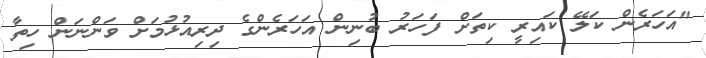
"އަހަރެން ކަލޭ ކައިރީ ކިތަށް ފަހަރު ބުނިން އަހަރެންގެ ދިރިއުޅުމަށް ވަންނަން ހިތާ